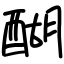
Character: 醐